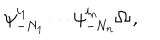
LaTeX: \psi _ { - N _ { 1 } } ^ { i _ { 1 } } \cdots \psi _ { - N _ { n } } ^ { i _ { n } } \Omega \, ,